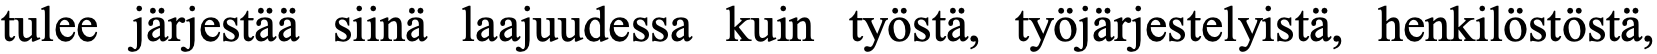
tulee järjestää siinä laajuudessa kuin työstä, työjärjestelyistä, henkilöstöstä,